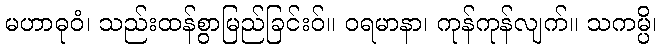
မဟာဓုဝံ၊ သည်းထန်စွာမြည်ခြင်းဝ်။ ဝရမာနာ၊ ကုန်ကုန်လျက်။ သကမ္ပိ၊